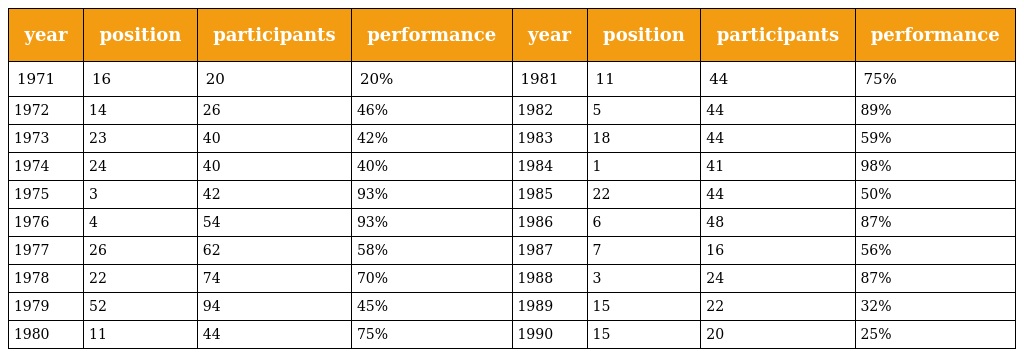
| year | position | participants | performance | year | position | participants | performance |
 | --- | --- | --- | --- | --- | --- | --- | --- |
 | 1971 | 16 | 20 | 20% | 1981 | 11 | 44 | 75% |
 | 1972 | 14 | 26 | 46% | 1982 | 5 | 44 | 89% |
 | 1973 | 23 | 40 | 42% | 1983 | 18 | 44 | 59% |
 | 1974 | 24 | 40 | 40% | 1984 | 1 | 41 | 98% |
 | 1975 | 3 | 42 | 93% | 1985 | 22 | 44 | 50% |
 | 1976 | 4 | 54 | 93% | 1986 | 6 | 48 | 87% |
 | 1977 | 26 | 62 | 58% | 1987 | 7 | 16 | 56% |
 | 1978 | 22 | 74 | 70% | 1988 | 3 | 24 | 87% |
 | 1979 | 52 | 94 | 45% | 1989 | 15 | 22 | 32% |
 | 1980 | 11 | 44 | 75% | 1990 | 15 | 20 | 25% |